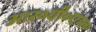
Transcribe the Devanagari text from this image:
आर०वी०एम०